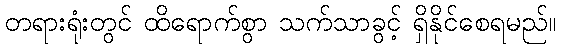
တရားရုံးတွင် ထိရောက်စွာ သက်သာခွင့် ရှိနိုင်စေရမည်။